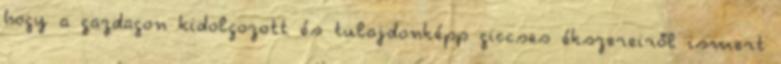
hogy a gazdagon kidolgozott és tulajdonképp giccses ékszereiről ismert